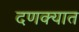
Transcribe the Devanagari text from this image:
दणक्यात